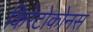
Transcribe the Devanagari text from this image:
किरेटोकोनस